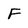
Character: F